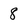
Character: 8